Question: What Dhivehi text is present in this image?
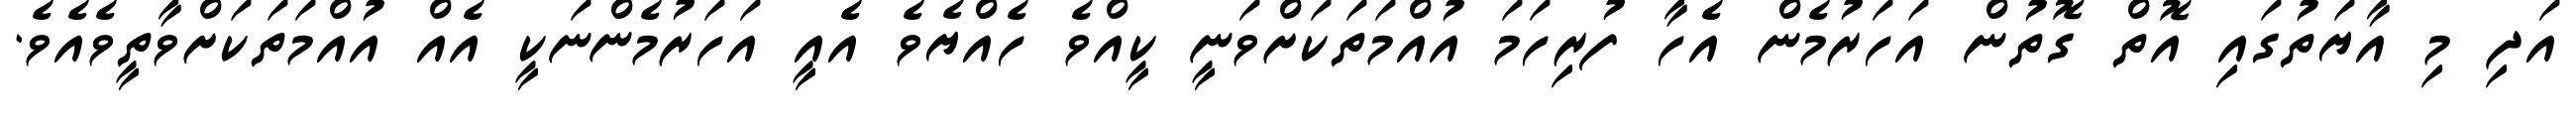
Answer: އަދި މި އާޔަތުގައި އޮތް ގޮތުން އަހަރުމެން އެހާ ފުރިހަމަ އުއްމަތަކަށްވަނީ ކީއްވެ ހެއްޔެވެ އެއީ އަހަރުމެންނަކީ އެއް އުއްމަތަކަށްވާތީވެއެވެ.